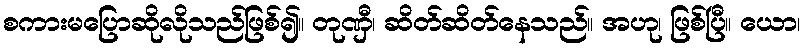
စကားမပြောဆိုလိုသည်ဖြစ်၍။ တုဏှီ၊ ဆိတ်ဆိတ်နေသည်။ အဟု၊ ဖြစ်ပြီ။ ယော၊